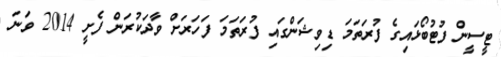
ޓީސީން ފުޓުބޯޅައިގެ ފުރަތަމަ ޑިވިޝަންގައި ފުރަތަމަ ފަހަރަށް ވާދަކުރަން ފެށީ 2014 ވަނަ